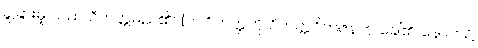
ခွဲခြားမှု သည် ဝိဘတ္တမည်၏။ [ဤဝိဘတ္တကို ဝိဘတ္တဝိဘဇနဟု ခေါ်၏၊ နောက်၌